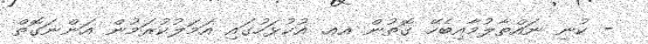
- ކުނި ނައްތާލުމާއިބެހޭ ގޮތުން އއ. އުކުޅަހުގައި އަމަލުކުރަމުން އަންނަގޮތް